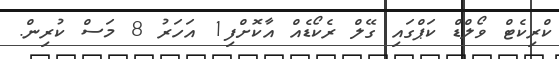
ކްރިކެޓް ވޯލްޑް ކަޕްގައި ގޭލް ރެކޯޑެއް އާކޮށްފި1 އަހަރު 8 މަސް ކުރިން.